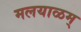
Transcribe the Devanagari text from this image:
मलयाळम्